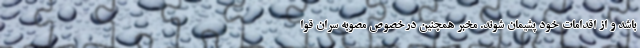
باشد و از اقدامات خود پشیمان شوند. مخبر همچنین درخصوص مصوبه سران قوا